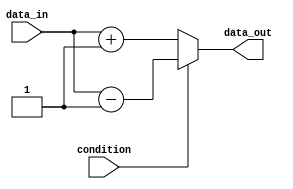
module if_else_with_negation (
    input wire condition,
    input wire data_in,
    output reg data_out
);

always @* begin
    if (~condition) begin
        data_out = data_in + 1;
    end
    else begin
        data_out = data_in - 1;
    end
end

endmodule